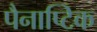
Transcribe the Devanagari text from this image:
पैनाप्टिक